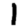
Digit: 1